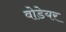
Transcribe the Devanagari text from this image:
वोडेयर